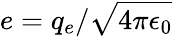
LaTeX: e=q_{e}/\sqrt{4\pi\epsilon_{0}}